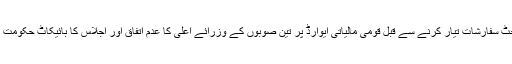
وفاقی حکومت کی بجٹ سفارشات تیار کرنے سے قبل قومی مالیاتی ایوارڈ پر تین صوبوں کے وزرائے اعلیٰ کا عدم اتفاق اور اجلاس کا بائیکاٹ حکومت کے منہ طماچہ ہے ۔